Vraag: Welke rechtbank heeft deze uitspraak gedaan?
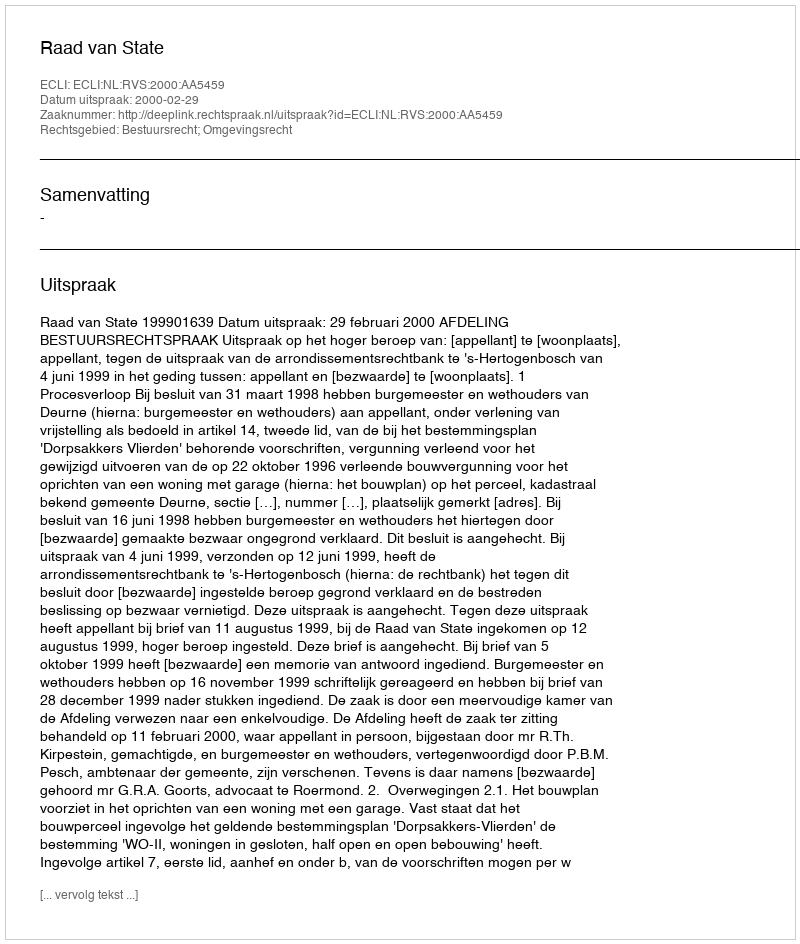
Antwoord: Raad van State